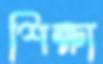
শিক্ষা